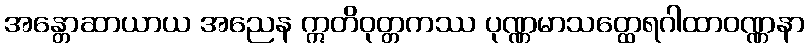
အန္တောဆာယာယ အညေန ဣတိဝုတ္တကဿ ပုဏ္ဏမာသတ္ထေရဂါထာဝဏ္ဏနာ